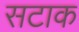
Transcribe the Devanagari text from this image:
सटाक